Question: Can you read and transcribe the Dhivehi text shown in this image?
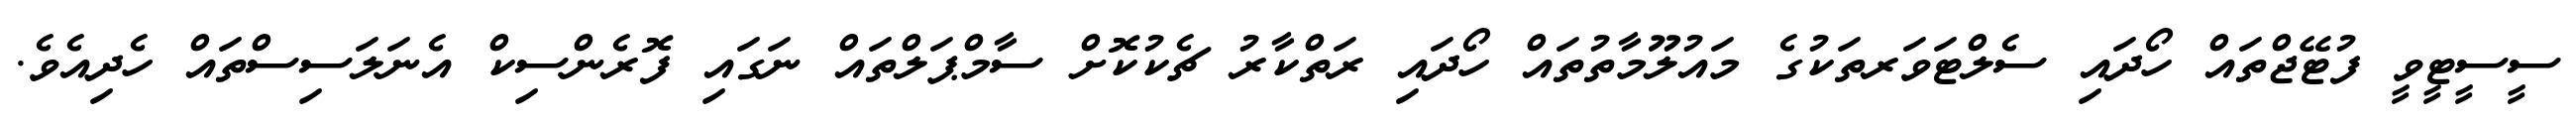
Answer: ސީސީޓީވީ ފުޓޭޖްތައް ހޯދައި ސެލްޓަވަރތަކުގެ މައުލޫމާތުތައް ހޯދައި ރަތްކާރު ޗެކުކޮށް ސާމްޕަލްތައް ނަގައި ފޮރެންސިކް އެނަލަސިސްތައް ހެދިއެވެ.